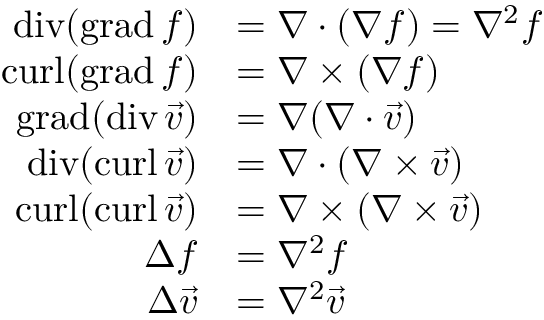
{ \begin{array} { r l } { \operatorname { d i v } ( \operatorname { g r a d } f ) } & { = \nabla \cdot ( \nabla f ) = \nabla ^ { 2 } f } \\ { \operatorname { c u r l } ( \operatorname { g r a d } f ) } & { = \nabla \times ( \nabla f ) } \\ { \operatorname { g r a d } ( \operatorname { d i v } { \vec { v } } ) } & { = \nabla ( \nabla \cdot { \vec { v } } ) } \\ { \operatorname { d i v } ( \operatorname { c u r l } { \vec { v } } ) } & { = \nabla \cdot ( \nabla \times { \vec { v } } ) } \\ { \operatorname { c u r l } ( \operatorname { c u r l } { \vec { v } } ) } & { = \nabla \times ( \nabla \times { \vec { v } } ) } \\ { \Delta f } & { = \nabla ^ { 2 } f } \\ { \Delta { \vec { v } } } & { = \nabla ^ { 2 } { \vec { v } } } \end{array} }